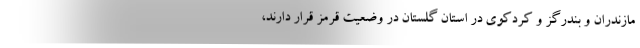
مازندران و بندرگز و کردکوی در استان گلستان در وضعیت قرمز قرار دارند،